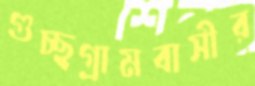
গুচ্ছগ্রামবাসীর